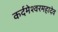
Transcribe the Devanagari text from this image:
कर्दमेश्वरमहादेव